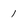
Character: 1